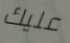
عليك